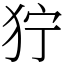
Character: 狞